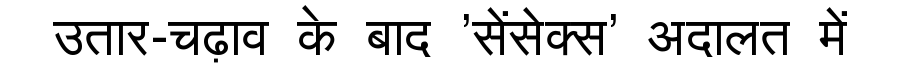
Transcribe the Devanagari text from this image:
उतार-चढ़ाव के बाद 'सेंसेक्स' अदालत में